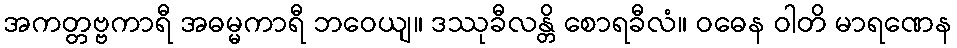
အကတ္တဗ္ဗကာရီ အဓမ္မကာရီ ဘဝေယျ။ ဒဿုခီလန္တိ စောရခီလံ။ ဝဓေန ဝါတိ မာရဏေန